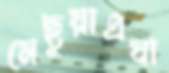
মেছুয়াএযা